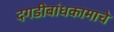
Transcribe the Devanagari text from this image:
दगडीबांधकामाचे